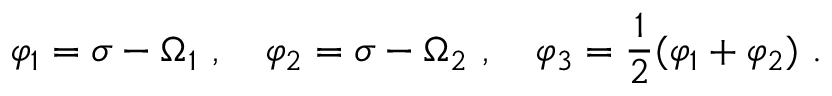
\varphi _ { 1 } = \sigma - \Omega _ { 1 } \ , \quad \varphi _ { 2 } = \sigma - \Omega _ { 2 } \ , \quad \varphi _ { 3 } = \frac 1 2 ( \varphi _ { 1 } + \varphi _ { 2 } ) \ .